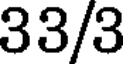
33/3